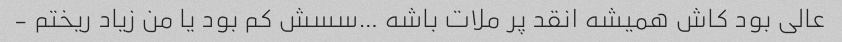
عالی بود کاش همیشه انقد پر ملات باشه …سسش کم بود یا من زیاد ریختم -